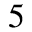
5